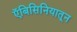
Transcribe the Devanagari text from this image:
ऍबिसिनियातून